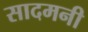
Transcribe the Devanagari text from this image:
सादमनी